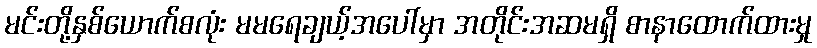
မင်းတို့နှစ်ယောက်စလုံး မမရေချယ့်အပေါ်မှာ အတိုင်းအဆမရှိ စာနာထောက်ထားမှု